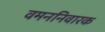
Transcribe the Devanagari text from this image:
वमननिवारक